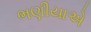
ભણીયાએ